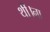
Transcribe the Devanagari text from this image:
थीं।ना